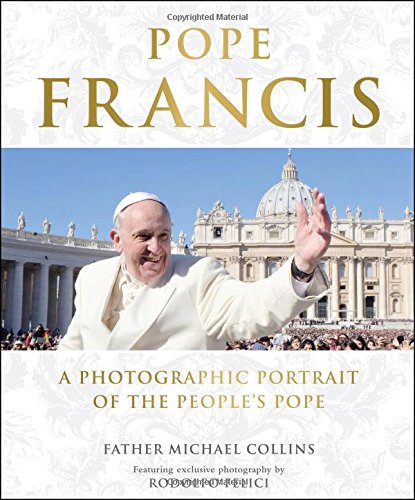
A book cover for Pope Francis: A Photographic Portrait of the People's Pope; Michael Collins; Arts & Photography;